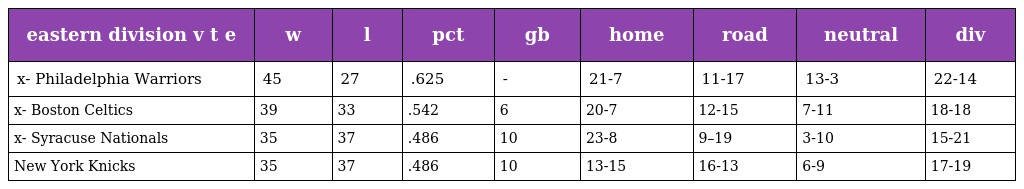
| eastern division v t e | w | l | pct | gb | home | road | neutral | div |
 | --- | --- | --- | --- | --- | --- | --- | --- | --- |
 | x- Philadelphia Warriors | 45 | 27 | .625 | - | 21-7 | 11-17 | 13-3 | 22-14 |
 | x- Boston Celtics | 39 | 33 | .542 | 6 | 20-7 | 12-15 | 7-11 | 18-18 |
 | x- Syracuse Nationals | 35 | 37 | .486 | 10 | 23-8 | 9–19 | 3-10 | 15-21 |
 | New York Knicks | 35 | 37 | .486 | 10 | 13-15 | 16-13 | 6-9 | 17-19 |